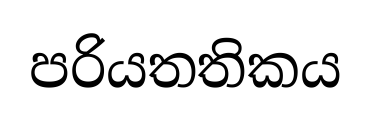
පරියතතිකය